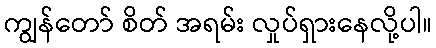
ကျွန်တော် စိတ် အရမ်း လှုပ်ရှားနေလို့ပါ။